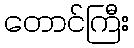
တောင်ကြီး